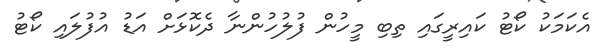
އެކަމަކު ކޯޓު ކައިރީގައި ތިބި މީހުން ފުލުހުންނާ ދެކޮޅަށް އަޑު އުފުލައި ކޯޓު